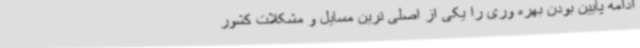
ادامه پایین بودن بهره وری را یکی از اصلی ترین مسایل و مشکلات کشور